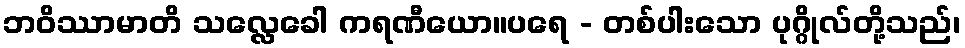
ဘဝိဿာမာတိ သလ္လေခေါ ကရဏီယော။ပရေ - တစ်ပါးသော ပုဂ္ဂိုလ်တို့သည်၊